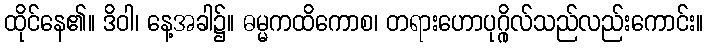
ထိုင်နေ၏။ ဒိဝါ၊ နေ့အခါ၌။ ဓမ္မကထိကောစ၊ တရားဟောပုဂ္ဂိုလ်သည်လည်းကောင်း။